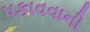
પકાવવાની